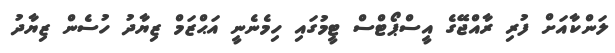
ލަންކާއަށް ފުރި ރާއްޖޭގެ އީސްޕޯޓްސް ޓީމުގައި ހިމެނެނީ އަޙްޒަމް ޒިޔާދު ހުސެން ޒިޔާދު